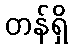
တန်ရှိ